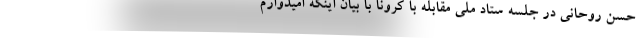
حسن روحانی در جلسه ستاد ملی مقابله با کرونا با بیان اینکه امیدوارم